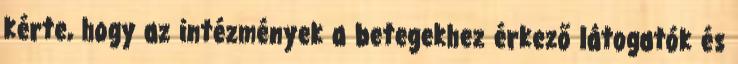
kérte, hogy az intézmények a betegekhez érkező látogatók és